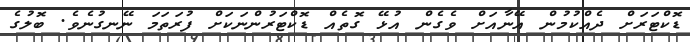
ޑޮކްޓަރަށް ދެއްކުމުން އޭނާއަށް ވެގެން އުޅޭ ގޮތެއް ޑޮކްޓަރުންނަކަށް ފުރަތަމަ ނޭނގުނެވެ. ބޮލުގެ